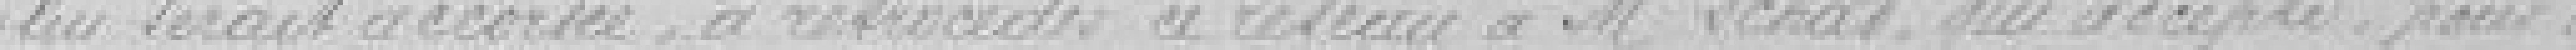
lui serait accordée, à rétrocéder ce réseau à monsieur Schad qui accepte pour une